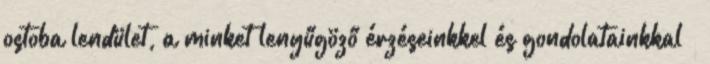
ostoba lendület, a minket lenyűgöző érzéseinkkel és gondolatainkkal –